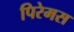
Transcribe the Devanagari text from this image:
पिरेमस